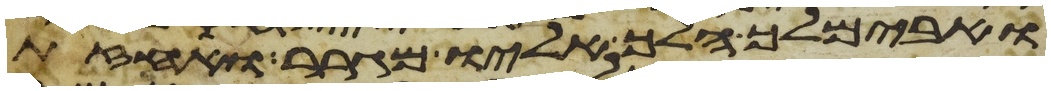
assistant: ואבימלך הלך אליו מגרר ואחזת